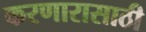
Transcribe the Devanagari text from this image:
करणारासाठी